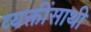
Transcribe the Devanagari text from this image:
व्यक्तींसाथी